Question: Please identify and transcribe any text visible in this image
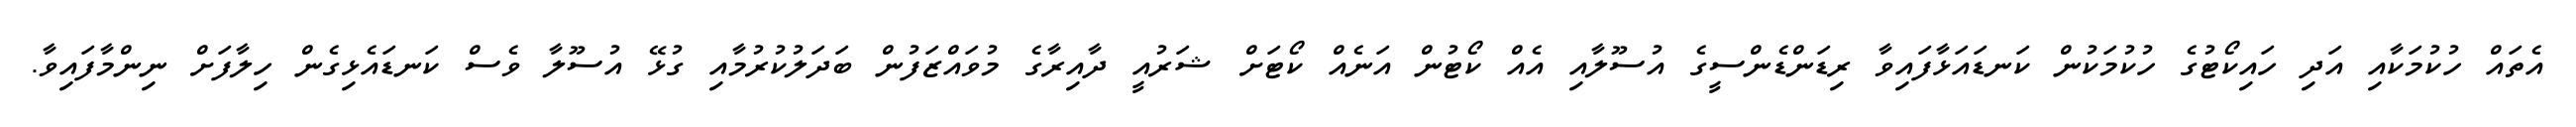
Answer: އެތައް ހުކުމަކާއި އަދި ހައިކޯޓުގެ ހުކުމަކުން ކަނޑައަޅާފައިވާ ރިޑަންޑެންސީގެ އުސޫލާއި އެއް ކޯޓުން އަނެއް ކޯޓަށް ޝަރުއީ ދާއިރާގެ މުވައްޒަފުން ބަދަލުކުރުމާއި ގުޅޭ އުސޫލާ ވެސް ކަނޑައެޅިގެން ހިލާފަށް ނިންމާފައިވާ.